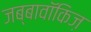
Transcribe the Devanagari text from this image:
जब्बावॉकिज़